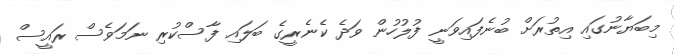
މިބަޔާނުގައި އިތުރަށް ބުނެފައިވަނީ ފުލުހުން ވަދެ ކެނެރީގެ ބަލައި ފާސްކުރި ނަމަވެސް ރައީސް